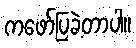
ကဖော်ပြခဲ့တာပါ။